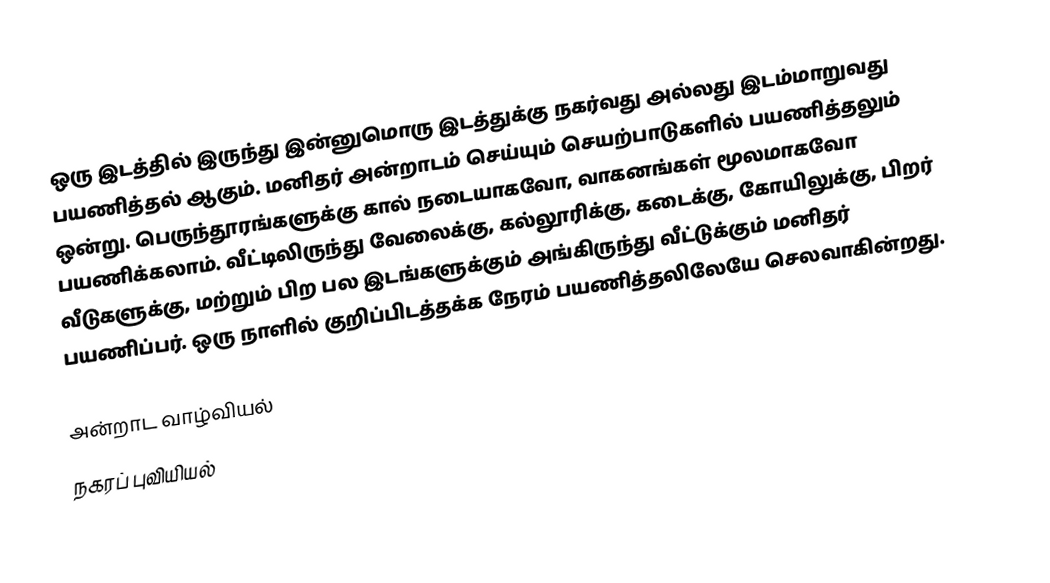
ஒரு இடத்தில் இருந்து இன்னுமொரு இடத்துக்கு நகர்வது அல்லது இடம்மாறுவது பயணித்தல் ஆகும்.  மனிதர் அன்றாடம் செய்யும் செயற்பாடுகளில் பயணித்தலும் ஒன்று.  பெருந்தூரங்களுக்கு கால் நடையாகவோ, வாகனங்கள் மூலமாகவோ பயணிக்கலாம்.  வீட்டிலிருந்து வேலைக்கு, கல்லூரிக்கு, கடைக்கு, கோயிலுக்கு, பிறர் வீடுகளுக்கு, மற்றும் பிற பல இடங்களுக்கும் அங்கிருந்து வீட்டுக்கும் மனிதர் பயணிப்பர்.  ஒரு நாளில் குறிப்பிடத்தக்க நேரம் பயணித்தலிலேயே செலவாகின்றது.

அன்றாட வாழ்வியல்
நகரப் புவியியல்